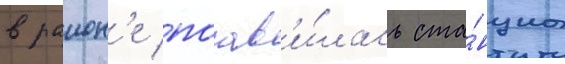
в раион'е поав'и́лась ста́нциа